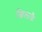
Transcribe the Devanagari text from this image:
ख़िलाफ़ॅ